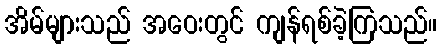
အိမ်များသည် အဝေးတွင် ကျန်ရစ်ခဲ့ကြသည်။